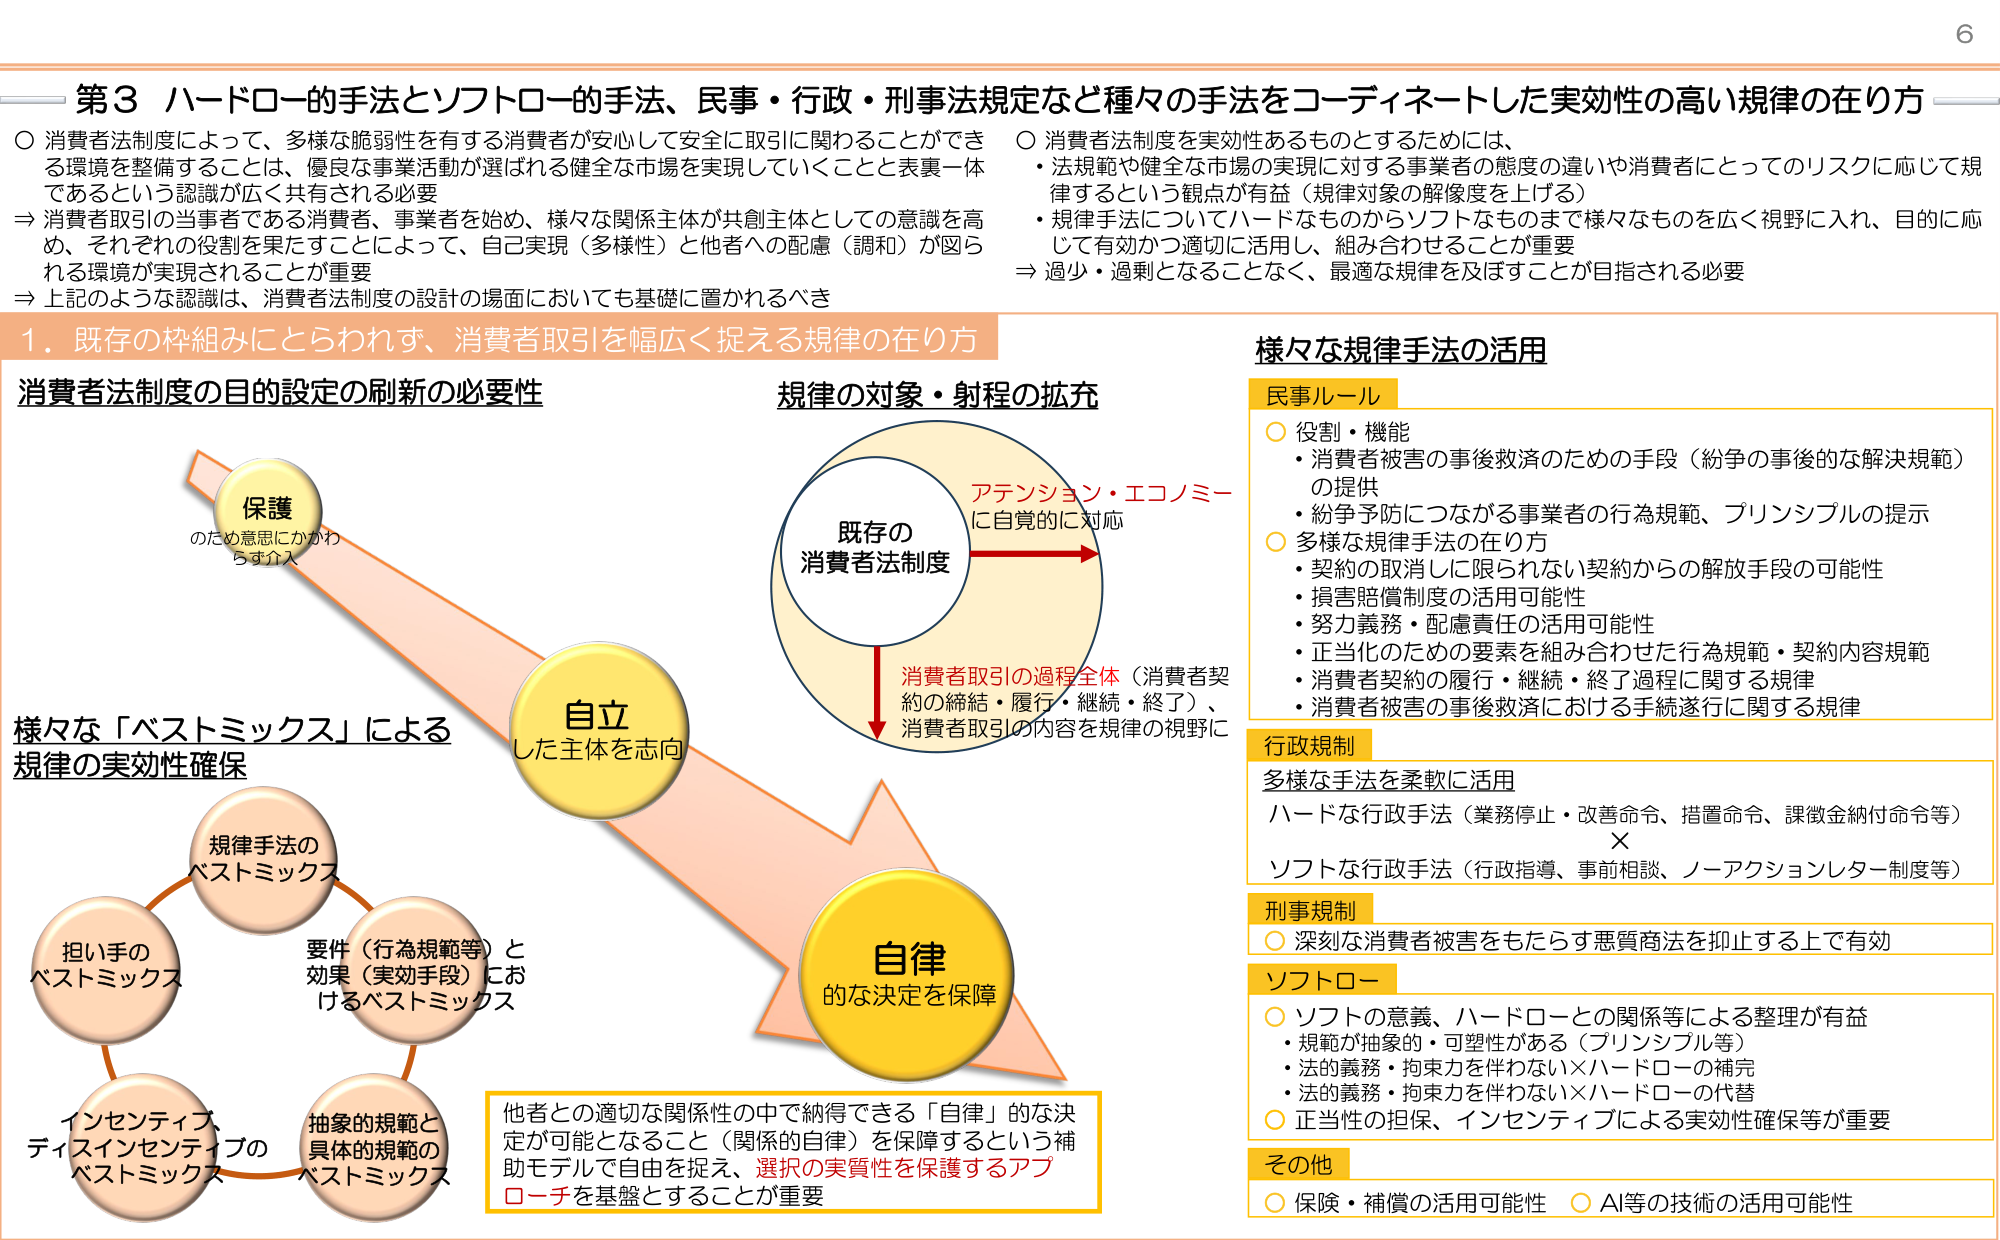
第3 ハードロー的手法とソフトロー的手法、民事・行政・刑事法規定など種々の手法をコーディネートした実効性の高い規律の在り方

○ 消費者法制度によって、多様な脆弱性を有する消費者が安心して安全に取引に関わることができる環境を整備することは、優良な事業活動が選ばれる健全な市場を実現していくことと表裏一体であるという認識が広く共有される必要
⇒ 消費者取引の当事者である消費者、事業者を始め、様々な関係主体が共創主体としての意識を高め、それぞれの役割を果たすことによって、自己実現（多様性）と他者への配慮（調和）が図られる環境が実現されることが重要
⇒ 上記のような認識は、消費者法制度の設計の場面においても基礎に置かれるべき

○ 消費者法制度を実効性あるものとするためには、
・法規範や健全な市場の実現に対する事業者の態度の違いや消費者にとってのリスクに応じて規律するという観点が有益（規律対象の解像度を上げる）
・規律手法についてハードなものからソフトなものまで様々なものを広く視野に入れ、目的に応じて有効かつ適切に活用し、組み合わせることが重要
⇒ 過少・過剰となることなく、最適な規律を及ぼすことが目指される必要

1．既存の枠組みにとらわれず、消費者取引を幅広く捉える規律の在り方

消費者法制度の目的設定の刷新の必要性

保護
のため意思にかかわらず介入

自立
した主体を志向

自律
的な決定を保障

規律の対象・射程の拡充

既存の
消費者法制度

アテンション・エコノミー
に自覚的に対応

消費者取引の過程全体（消費者契約の締結・履行・継続・終了）、
消費者取引の内容を規律の視野に

様々な「ベストミックス」による
規律の実効性確保

規律手法の
ベストミックス

担い手の
ベストミックス

インセンティブ、
ディスインセンティブの
ベストミックス

抽象的規範と
具体的規範の
ベストミックス

要件（行為規範等）と
効果（実効手段）にお
けるベストミックス

他者との適切な関係性の中で納得できる「自律」的な決定が可能となること（関係的自律）を保障という補助モデルで自由を捉え、選択の実質性を保護するアプローチを基盤とすることが重要

様々な規律手法の活用

民事ルール
○ 役割・機能
・消費者被害の事後救済のための手段（紛争の事後的な解決規範）の提供
・紛争予防につながる事業者の行為規範、プリンシプルの提示
○ 多様な規律手法の在り方
・契約の取消しに限られない契約からの解放手段の可能性
・損害賠償制度の活用可能性
・努力義務・配慮責任の活用可能性
・正当化のための要素を組み合わせた行為規範・契約内容規範
・消費者契約の履行・継続・終了過程に関する規律
・消費者被害の事後救済における手続遂行に関する規律

行政規制
多様な手法を柔軟に活用
ハードな行政手法（業務停止・改善命令、措置命令、課徴金納付命令等）
×
ソフトな行政手法（行政指導、事前相談、ノーアクションレター制度等）

刑事規制
○ 深刻な消費者被害をもたらす悪質商法を抑止する上で有効

ソフトロー
○ ソフトの意義、ハードローとの関係等による整理が有益
・規範が抽象的・可塑性がある（プリンシプル等）
・法的義務・拘束力を伴わない×ハードローの補完
・法的義務・拘束力を伴わない×ハードローの代替
○ 正当性の担保、インセンティブによる実効性確保等が重要

その他
○ 保険・補償の活用可能性 ○ AI等の技術の活用可能性

6